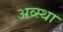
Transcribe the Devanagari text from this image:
अव्स्था